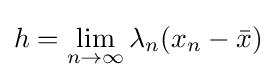
h=\lim _{n\to \infty }\lambda _{n}(x_{n}-{\bar {x}})